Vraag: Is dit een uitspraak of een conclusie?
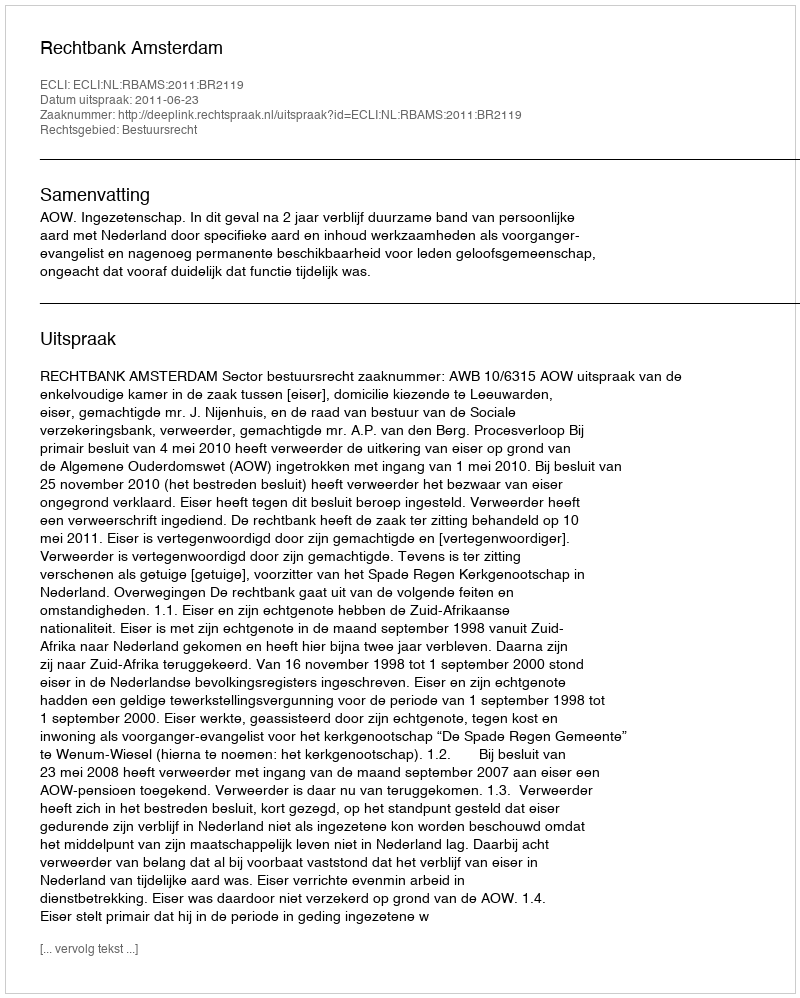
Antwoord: Uitspraak